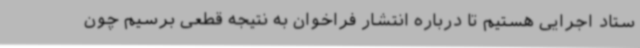
ستاد اجرایی هستیم تا درباره انتشار فراخوان به نتیجه قطعی برسیم چون